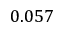
0 . 0 5 7